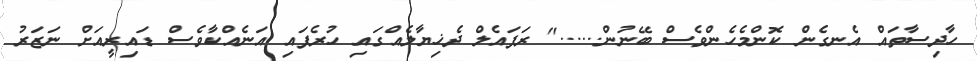
ހާދިސާތައް އެނގެން ކޮންމެހެންވެސް ބޭނުން......" ރަފައެލް ދެޚިޔާލެއްގައި ހުރެފައި އަނެއްކާވެސް ޑައިރީއަށް ނަޒަރު